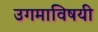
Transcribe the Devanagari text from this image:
उगमाविषयी